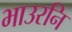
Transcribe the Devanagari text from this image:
भाउरनि